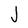
Character: J